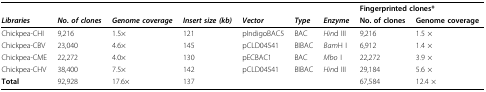
|  |  |  |  |  |  |  | <COLSPAN=2> Fingerprinted clones* |
 | Libraries | No. of clones | Genome coverage | Insert size (kb) | Vector | Type | Enzyme | No. of clones | Genome coverage |
 | --- | --- | --- | --- | --- | --- | --- | --- | --- |
 | Chickpea-CHI | 9,216 | 1.5× | 121 | pIndigoBAC5 | BAC | Hind III | 9,216 | 1.5 × |
 | Chickpea-CBV | 23,040 | 4.6× | 145 | pCLD04541 | BIBAC | BamH I | 6,912 | 1.4 × |
 | Chickpea-CME | 22,272 | 4.0× | 130 | pECBAC1 | BAC | Mbo I | 22,272 | 3.9 × |
 | Chickpea-CHV | 38,400 | 7.5× | 142 | pCLD04541 | BIBAC | Hind III | 29,184 | 5.6 × |
 | Total | 92,928 | 17.6× | 137 |  |  |  | 67,584 | 12.4 × |